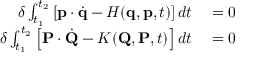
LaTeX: \begin{array} { r l } { \delta \int _ { t _ { 1 } } ^ { t _ { 2 } } \left[ \mathbf { p } \cdot { \dot { \mathbf { q } } } - H ( \mathbf { q } , \mathbf { p } , t ) \right] d t } & { { } = 0 } \\ { \delta \int _ { t _ { 1 } } ^ { t _ { 2 } } \left[ \mathbf { P } \cdot { \dot { \mathbf { Q } } } - K ( \mathbf { Q } , \mathbf { P } , t ) \right] d t } & { { } = 0 } \end{array}